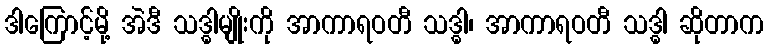
ဒါကြောင့်မို့ အဲဒီ သဒ္ဓါမျိုးကို အာကာရဝတီ သဒ္ဓါ၊ အာကာရဝတီ သဒ္ဓါ ဆိုတာက